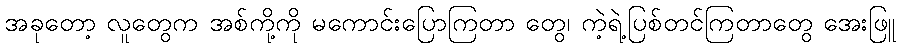
အခုတော့ လူတွေက အစ်ကို့ကို မကောင်းပြောကြတာ တွေ၊ ကဲ့ရဲ့ပြစ်တင်ကြတာတွေ အေးဖြူ